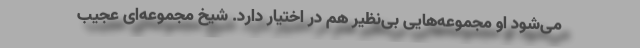
می‌شود او مجموعه‌هایی بی‌نظیر هم در اختیار دارد. شیخ مجموعه‌ای عجیب